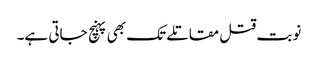
نوبت قتل مقاتلے تک بھی پہنچ جاتی ہے۔